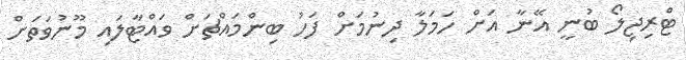
ޓްރިޖިލޯ ބުނީ އޭނާ އަށް ހަމަލާ ދިނުމަށް ފަހު ބިންމައްޗަށް ވައްޓާލައި މޫނުވަތަށް